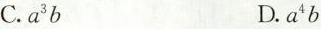
C.a^{3}b D.a^{4}b